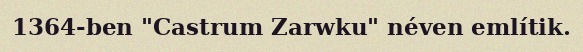
1364-ben "Castrum Zarwku" néven említik.